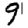
Digit: 9